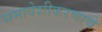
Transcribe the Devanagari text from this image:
समावेशीकरणाचे